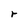
Character: r